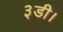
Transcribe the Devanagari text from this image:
३डी।